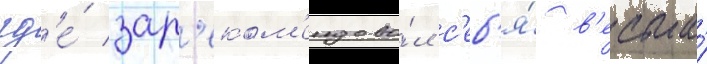
гд'е́ зар'еком'ендова́л с'еб'я́ в'есьма́